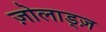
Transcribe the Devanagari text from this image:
ज़ोलाड्ज़